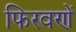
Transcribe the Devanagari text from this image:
फिरवणें